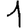
Digit: 1